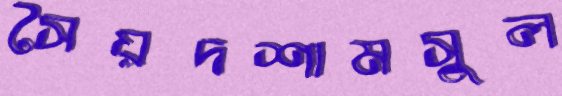
সৈয়দশামসুল